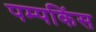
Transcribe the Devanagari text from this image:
पम्पकिंस